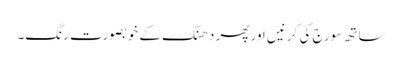
ساتھ سورج کی کرنیں اور پھر دھنک کے خوبصورت رنگ۔